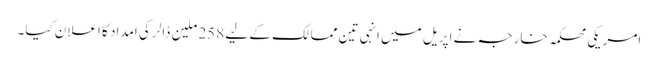
امریکی محکمہ خارجہ نے اپریل میں انہی تین ممالک کے لیے 258 ملین ڈالر کی امداد کا اعلان کیا۔